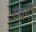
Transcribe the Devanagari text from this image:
स्वर्गीं